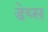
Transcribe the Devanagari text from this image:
डेय्स